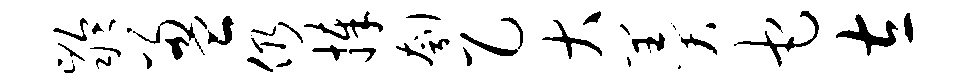
龄盈仍捧刳乙大羹它左